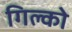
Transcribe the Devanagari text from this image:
गिल्को